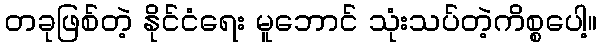
တခုဖြစ်တဲ့ နိုင်ငံရေး မူဘောင် သုံးသပ်တဲ့ကိစ္စပေါ့။